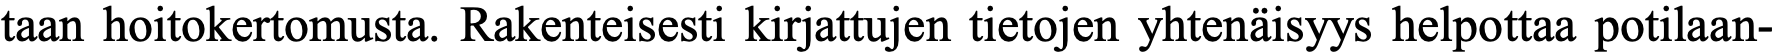
taan hoitokertomusta. Rakenteisesti kirjattujen tietojen yhtenäisyys helpottaa potilaan-